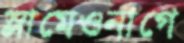
স্লামেওনাগে